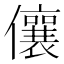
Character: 儴